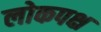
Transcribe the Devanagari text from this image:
लोकपक्ष